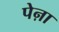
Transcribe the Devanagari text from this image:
पेऩा